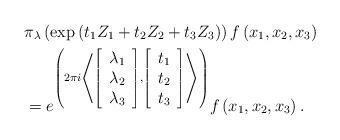
LaTeX: \begin{align*}&\pi_{\lambda}\left( \exp\left( t_{1}Z_{1}+t_{2}Z_{2}+t_{3}Z_{3}\right)\right) f\left( x_{1},x_{2},x_{3}\right)\\ & =e^{\left( 2\pi i\left\langle\left[\begin{array}[c]{c}\lambda_{1}\\\lambda_{2}\\\lambda_{3}\end{array}\right] ,\left[\begin{array}[c]{c}t_{1}\\t_{2}\\t_{3}\end{array}\right] \right\rangle \right) }f\left( x_{1},x_{2},x_{3}\right).\end{align*}